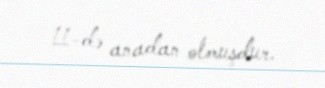
11-də anadan olmuşdur.